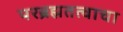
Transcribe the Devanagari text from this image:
परब्रह्मतत्वाचा